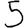
Digit: 5